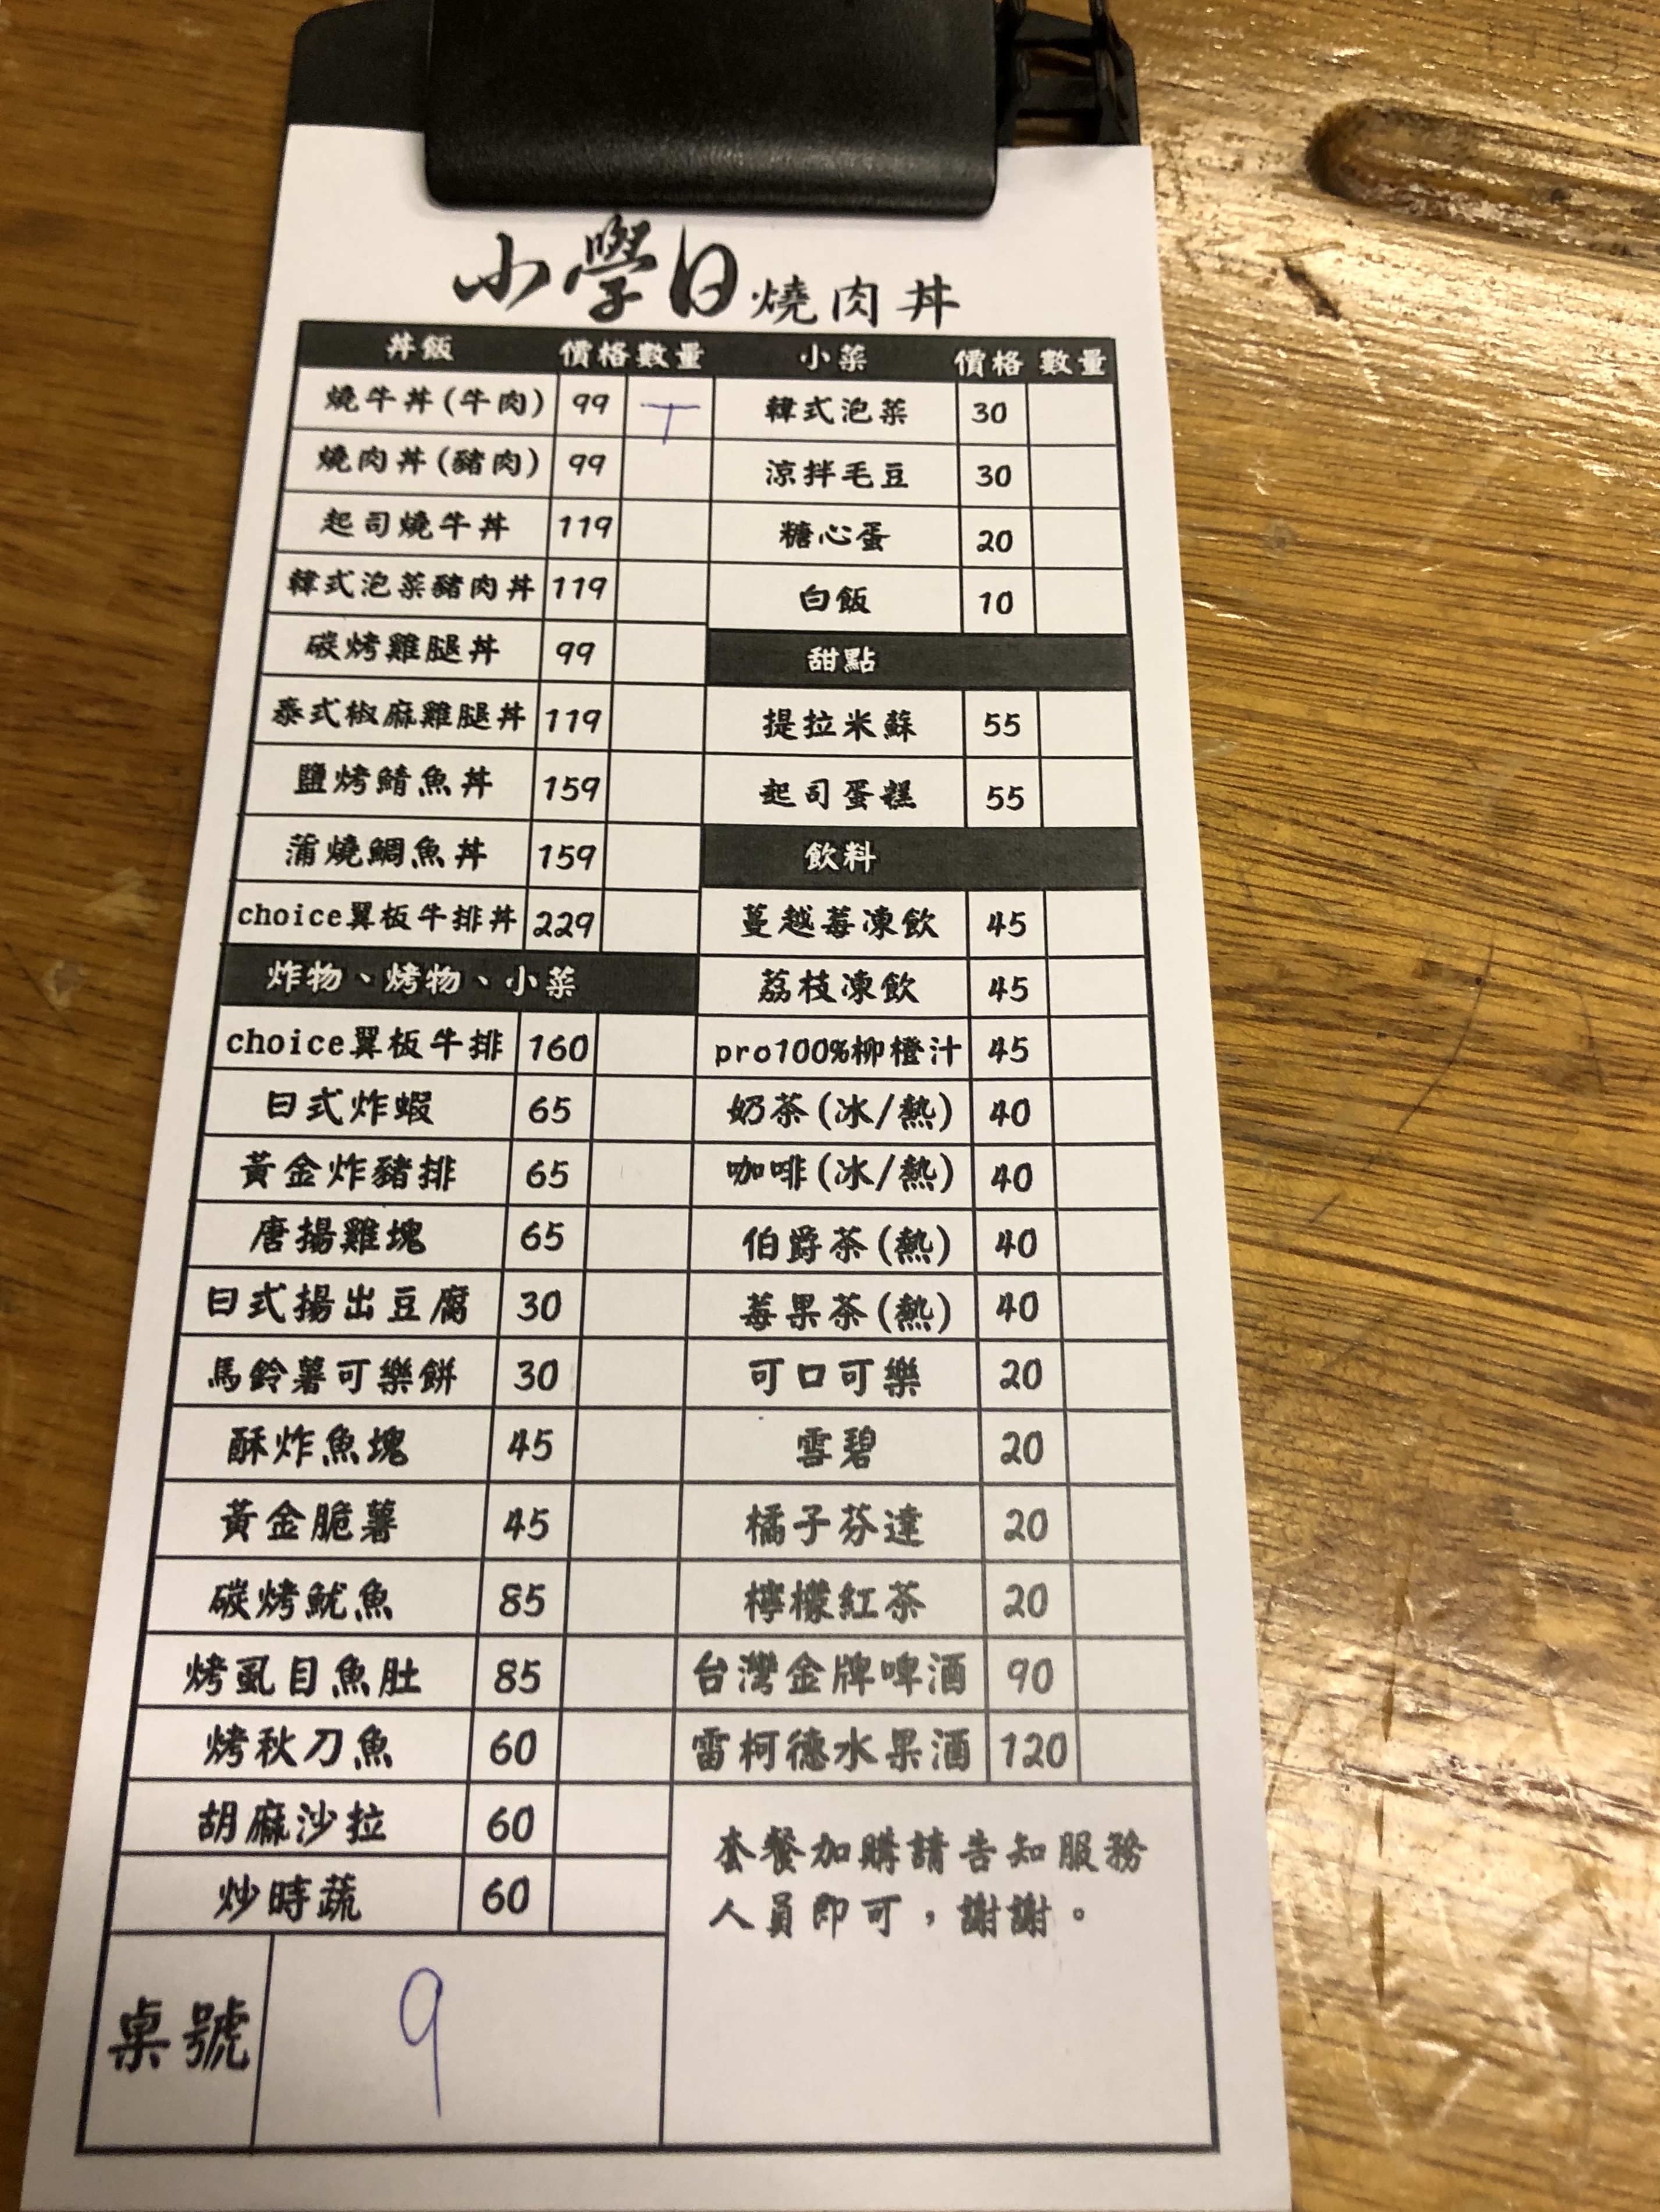
餐廳：小學日燒肉丼
菜單：
name: 燒牛丼(牛肉)
price: 99
name: 燒肉丼(豬肉)
price: 99
name: 起司燒牛丼
price: 119
name: 韓式泡菜豬肉丼
price: 119
name: 碳烤雞腿丼
price: 99
name: 泰式椒麻雞腿丼
price: 119
name: 鹽烤鯖魚丼
price: 159
name: 蒲燒鯛魚丼
price: 159
name: choice翼板牛排丼
price: 229
name: choice翼板牛排
price: 160
name: 日式炸蝦
price: 65
name: 黃金炸豬排
price: 65
name: 唐揚雞塊
price: 65
name: 日式揚出豆腐
price: 30
name: 馬鈴薯可樂餅
price: 30
name: 酥炸魚塊
price: 45
name: 黃金脆薯
price: 45
name: 碳烤魷魚
price: 85
name: 烤虱目魚肚
price: 85
name: 烤秋刀魚
price: 60
name: 胡麻沙拉
price: 60
name: 炒時蔬
price: 60
name: 韓式泡菜
price: 30
name: 涼拌毛豆
price: 30
name: 糖心蛋
price: 20
name: 白飯
price: 10
name: 提拉米蘇
price: 55
name: 起司蛋糕
price: 55
name: 蔓越莓凍飲
price: 45
name: 荔枝凍飲
price: 45
name: pro100%柳橙汁
price: 45
name: 奶茶(冰/熱)
price: 40
name: 咖啡(冰/熱)
price: 40
name: 伯爵茶(熱)
price: 40
name: 莓果茶(熱)
price: 40
name: 可口可樂
price: 20
name: 雪碧
price: 20
name: 橘子芬達
price: 20
name: 檸檬紅茶
price: 20
name: 台灣金牌啤酒
price: 90
name: 雷柯德水果酒
price: 120